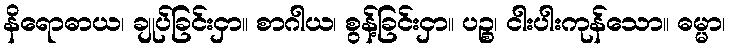
နိရောဓာယ၊ ချုပ်ခြင်းငှာ။ စာဂါယ၊ စွန့်ခြင်းငှာ။ ပဉ္စ၊ ငါးပါးကုန်သော။ ဓမ္မာ၊